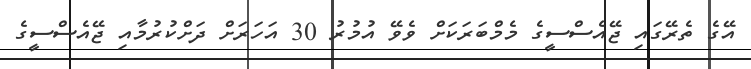
އޭގެ ތެރޭގައި ޖޭއެސްސީގެ މެމްބަރަކަށް ވެވޭ އުމުރު 30 އަހަރަށް ދަށްކުރުމާއި ޖޭއެސްސީގެ